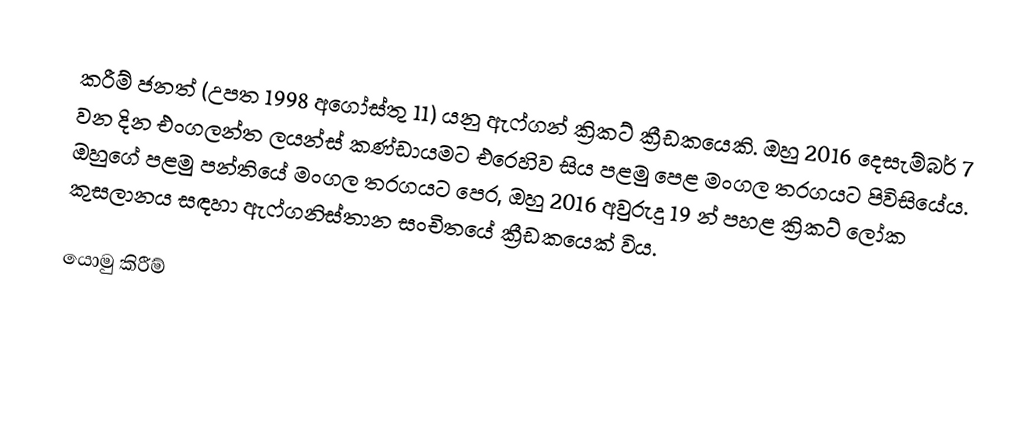
කරීම් ජනත් (උපත 1998 අගෝස්තු 11) යනු ඇෆ්ගන් ක්‍රිකට් ක්‍රීඩකයෙකි. ඔහු 2016 දෙසැම්බර් 7 වන දින එංගලන්ත ලයන්ස් කණ්ඩායමට එරෙහිව සිය පළමු පෙළ මංගල තරගයට පිවිසියේය. ඔහුගේ පළමු පන්තියේ මංගල තරගයට පෙර, ඔහු 2016 අවුරුදු 19 න් පහළ ක්‍රිකට් ලෝක කුසලානය සඳහා ඇෆ්ගනිස්තාන සංචිතයේ ක්‍රීඩකයෙක් විය.

යොමු කිරීම්